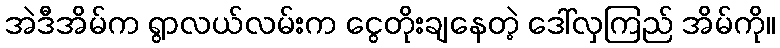
အဲဒီအိမ်က ရွာလယ်လမ်းက ငွေတိုးချနေတဲ့ ဒေါ်လှကြည် အိမ်ကို။